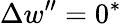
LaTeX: \Delta w^{\prime\prime}=0^{*}